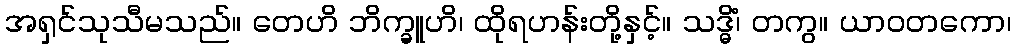
အရှင်သုသီမသည်။ တေဟိ ဘိက္ခူဟိ၊ ထိုရဟန်းတို့နှင့်။ သဒ္ဓိံ၊ တကွ။ ယာဝတကော၊